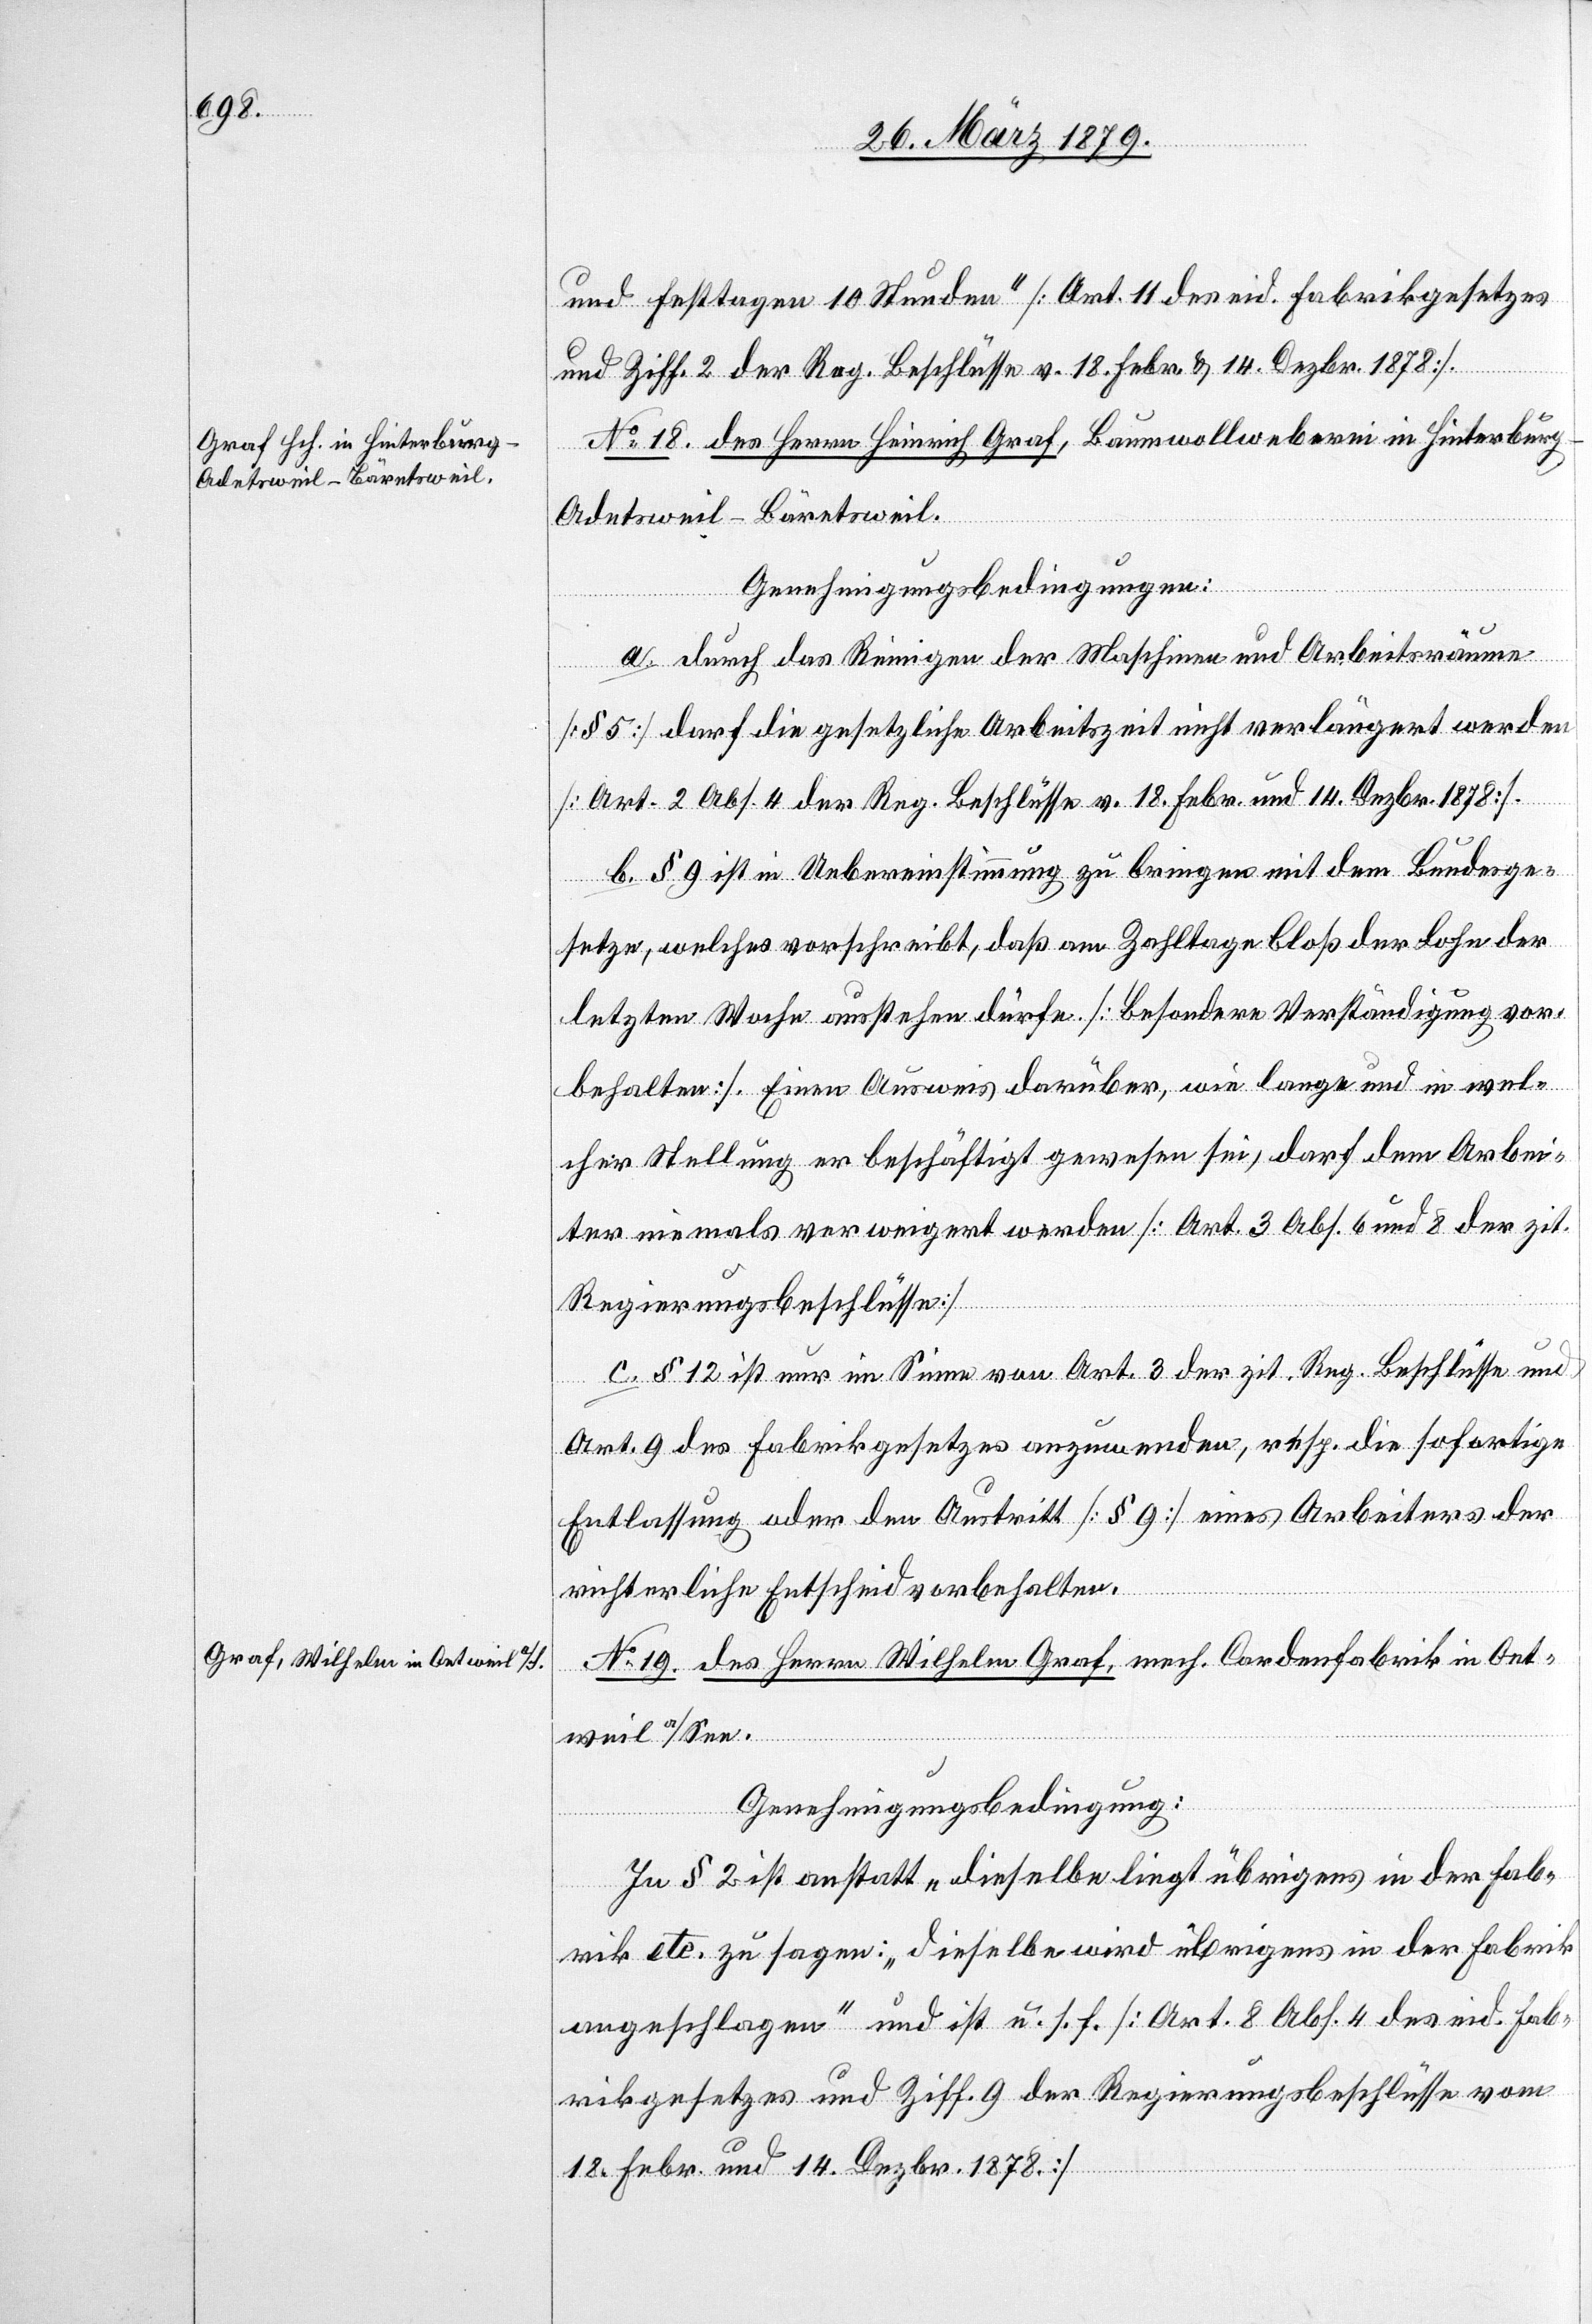
und Festtagen 10 Stunden [Art. 11 des eid. Fabrikgesetzes
und Ziff. 2 der Reg. Beschlüsse v. 18. Febr. & 14. Dezbr. 1878].
No 18. des Herrn Heinrich Graf, Baumwollweberei in Hinterburg
Adetsweil - Bäretsweil.
Genehmigungsbedingungen:
a. Durch das Reinigen der Maschinen und Arbeitsräume
[§ 5] darf die gesetzliche Arbeitszeit nicht verlängert werden
[Art. 2 Abs. 4 der Reg. Beschlüsse v. 18. Febr. u. 14. Dezbr. 1878].
b. § 9 ist in Uebereinstimmung zu bringen mit dem Bundesge¬
setze, welches vorschreibt, daß am Zahltage bloß der Lohn der
letzten Woche ausstehen dürfe. [besondere Verständigung vor¬
behalten]. Einen Ausweis darüber, wie lange und in wel¬
cher Stellung er beschäftigt gewesen sei, darf dem Arbei¬
ter niemals verweigert werden [Art. 3 Abs. 6 und 8 der zit.
Regierungsbeschlüsse].
c. § 12 ist nur im Sinne von Art. 3 der zit. Reg. Beschlüsse und
Art. 9 des Fabrikgesetzes anzuwenden, resp. die sofortige
Entlassung oder den Austritt [§ 9] eines Arbeiters der
richterliche Entscheid vorbehalten.
No 19. des Herrn Wilhelm Graf, mech. Cardenfabrik in Oet¬
weil a/See.
Genehmigungsbedingung:
In § 2 ist anstatt „dieselbe liegt übrigens in der Fab¬
rik“ etc. zu sagen: „dieselbe wird übrigens in der Fabrik
angeschlagen“ und ist u. s. f. [Art. 8 Abs. 4 des eid. Fab¬
rikgesetzes und Ziff. 9 der Regierungsbeschlüsse vom
18. Febr. & 14. Dezbr. 1878].